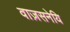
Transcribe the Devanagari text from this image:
वाज़सनेयि